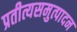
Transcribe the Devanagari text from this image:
प्रतीत्यसमुत्पादन